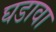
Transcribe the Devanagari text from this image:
घडावा